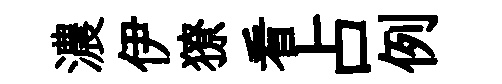
濃伊獠看占例